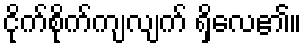
ငိုက်စိုက်ကျလျက် ရှိလေ၏။